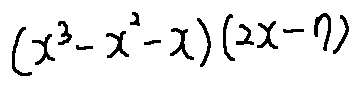
( x ^ { 3 } - x ^ { 2 } - x ) ( 2 x - 7 )